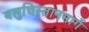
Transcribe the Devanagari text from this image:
बलुचिस्तानमार्गे